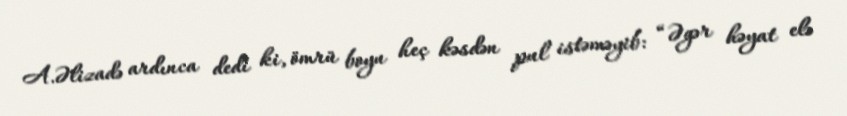
A.Əlizadə ardınca dedi ki, ömrü boyu heç kəsdən pul istəməyib: “Əgər həyat elə